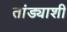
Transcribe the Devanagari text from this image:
तांड्याशी